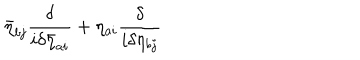
LaTeX: \bar { \eta } _ { b j } \frac { \delta } { i \delta \bar { \eta } _ { a i } } + \eta _ { a i } \frac { \delta } { i \delta \eta _ { b j } }